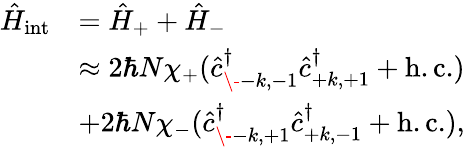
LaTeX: \begin{array}{rl}{\hat{H}_{\mathrm{int}}}&{=\hat{H}_{+}+\hat{H}_{-}}\\ &{\approx 2\hbar N\chi_{+}(\hat{c}_{\- -k,-1}^{\dagger}\hat{c}_{+k,+1}^{\dagger}+\mathrm{h.c.})}\\ &{+2\hbar N\chi_{-}(\hat{c}_{\- -k,+1}^{\dagger}\hat{c}_{+k,-1}^{\dagger}+\mathrm{h.c.}),}\end{array}